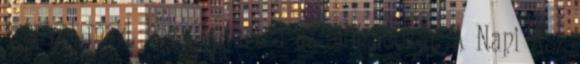
igényel majd, hogy betartsa az előírásokat. A Napi Ász